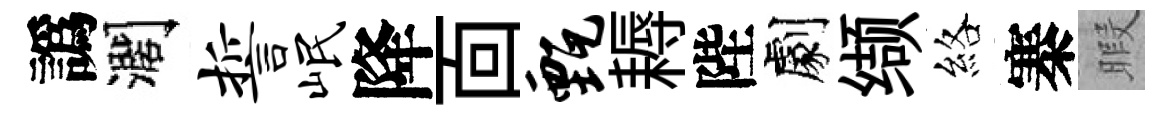
譌濶誓岷降靣甄耨陛劇缬絡寨暇